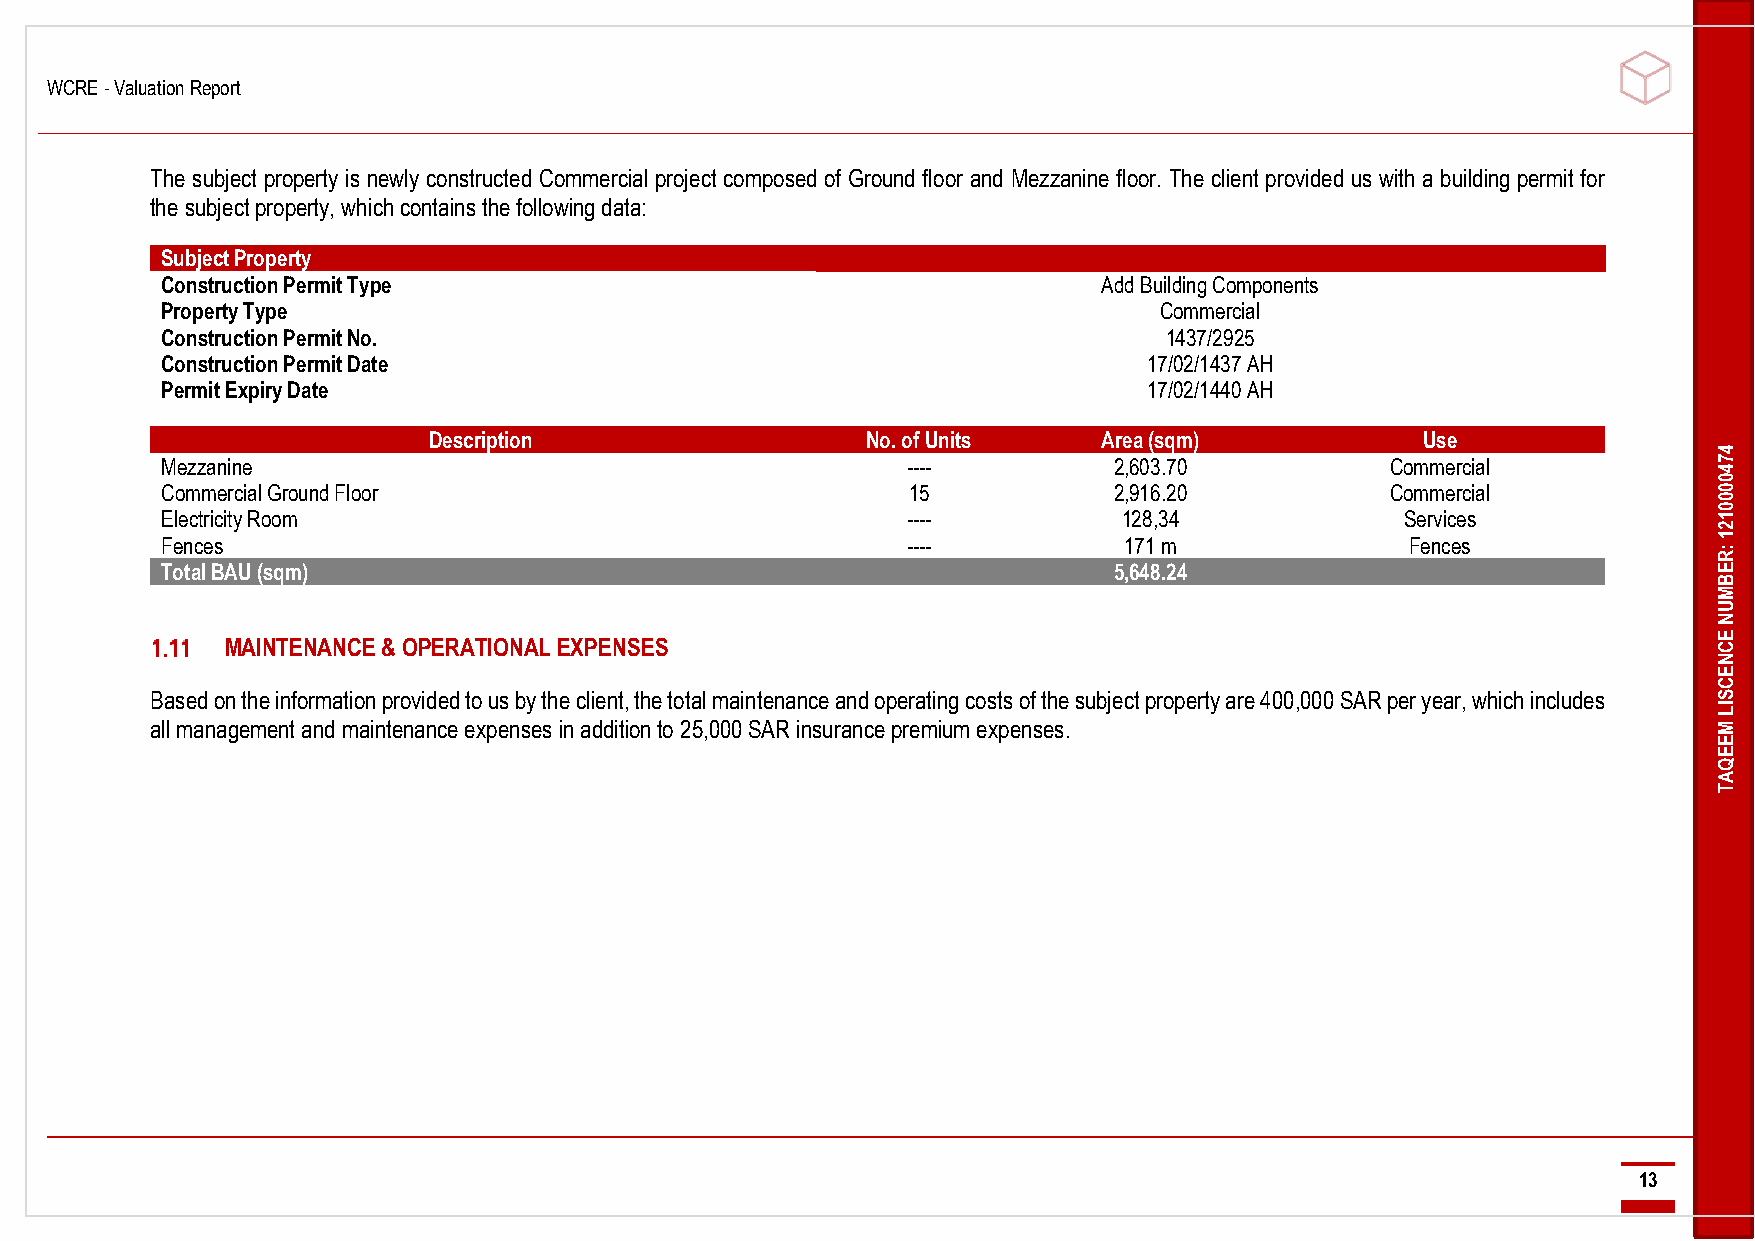
WCRE - Valuation Report
 -------------------------------------------------------------------------------------------------------------------------------------------------------------------------------------------------------------------------------------------------------------------------------------------------------------------------------------------------------------------------------------------------------------------------------------
 The subject property is newly constructed Commercial project composed of Ground floor and Mezzanine floor. The client provided us with a building permit for
 the subject property, which contains the following data:
 Subject Property
 Construction Permit Type                                      Add Building Components
 Property Type                                                     Commercial
 Construction Permit No.                                           1437/2925
 Construction Permit Date                                         17/02/1437 AH
 Permit Expiry Date                                               17/02/1440 AH
 Description                  No. of Units    Area (sqm)           Use
 4
 Mezzanine                                        ----          2,603.70          Commercial            7
 4
 0
 Commercial Ground Floor                          15            2,916.20          Commercial            0
 0
 0
 Electricity Room                                 ----          128,34             Services             1
 2
 Fences                                           ----          171 m              Fences               1
 :R
 Total BAU (sqm)                                                5,648.24                                E
 B
 M
 U
 N
 E
 MAINTENANCE & OPERATIONAL EXPENSES                                                                 C
 N
 E
 C
 Based on the information provided to us by the client, the total maintenance and operating costs of the subject property are 400,000 SAR per year, which includes S
 IL
 all management and maintenance expenses in addition to 25,000 SAR insurance premium expenses.           M
 E
 E
 Q
 A
 T
 ----------------------------------------------------------------------------------------------------------------------------------------------------------------------------------------------------------------------------------------------------------------------------------------------------------------------------------------------------------------------------------------------------------------------------------
 13